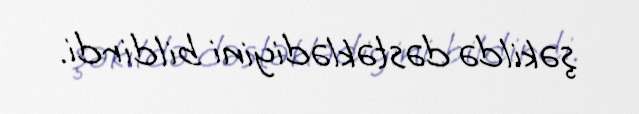
şəkildə dəstəklədiyini bildirdi.